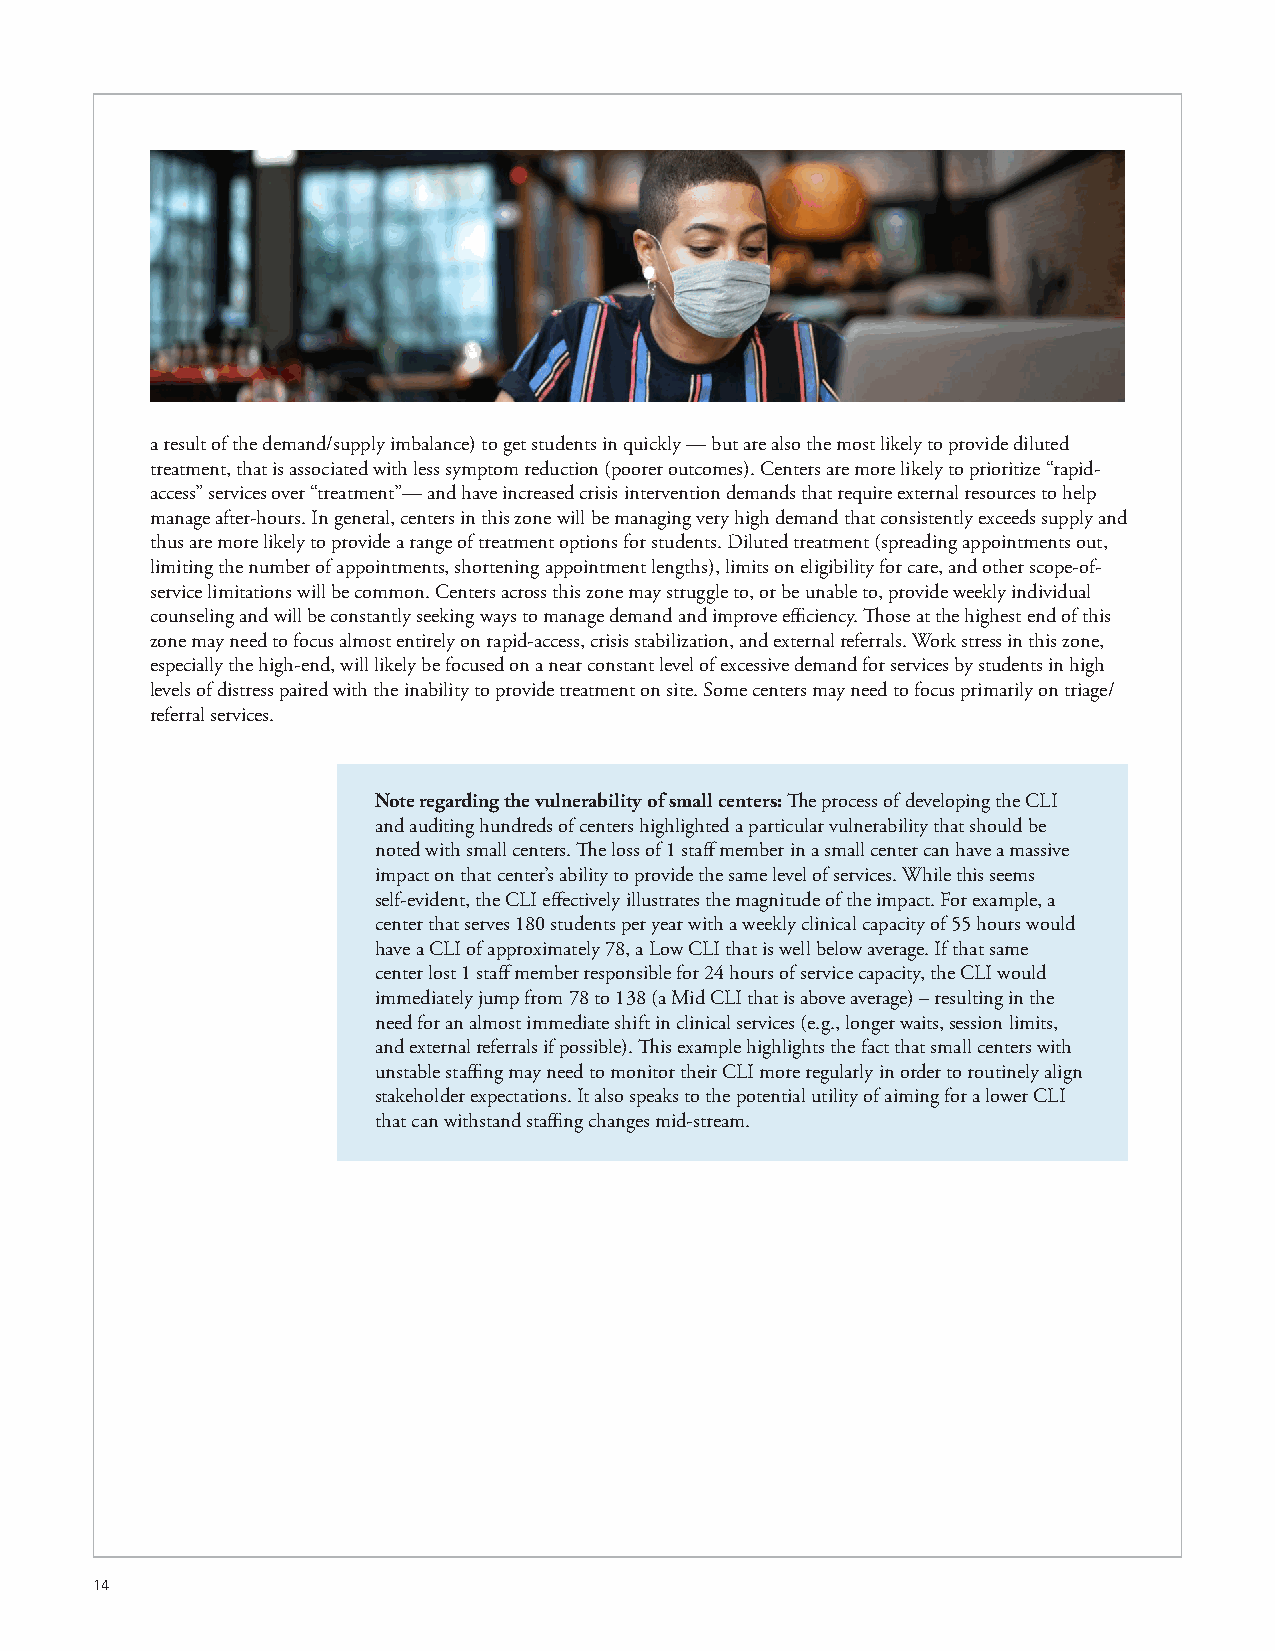
a result of the demand/supply imbalance) to get students in quickly — but are also the most likely to provide diluted
 treatment, that is associated with less symptom reduction (poorer outcomes). Centers are more likely to prioritize “rapid-
 access” services over “treatment”— and have increased crisis intervention demands that require external resources to help
 manage after-hours. In general, centers in this zone will be managing very high demand that consistently exceeds supply and
 thus are more likely to provide a range of treatment options for students. Diluted treatment (spreading appointments out,
 limiting the number of appointments, shortening appointment lengths), limits on eligibility for care, and other scope-of-
 service limitations will be common. Centers across this zone may struggle to, or be unable to, provide weekly individual
 counseling and will be constantly seeking ways to manage demand and improve efficiency. Those at the highest end of this
 zone may need to focus almost entirely on rapid-access, crisis stabilization, and external referrals. Work stress in this zone,
 especially the high-end, will likely be focused on a near constant level of excessive demand for services by students in high
 levels of distress paired with the inability to provide treatment on site. Some centers may need to focus primarily on triage/
 referral services.
 Note regarding the vulnerability of small centers: The process of developing the CLI
 and auditing hundreds of centers highlighted a particular vulnerability that should be
 noted with small centers. The loss of 1 staff member in a small center can have a massive
 impact on that center’s ability to provide the same level of services. While this seems
 self-evident, the CLI effectively illustrates the magnitude of the impact. For example, a
 center that serves 180 students per year with a weekly clinical capacity of 55 hours would
 have a CLI of approximately 78, a Low CLI that is well below average. If that same
 center lost 1 staff member responsible for 24 hours of service capacity, the CLI would
 immediately jump from 78 to 138 (a Mid CLI that is above average) – resulting in the
 need for an almost immediate shift in clinical services (e.g., longer waits, session limits,
 and external referrals if possible). This example highlights the fact that small centers with
 unstable staffing may need to monitor their CLI more regularly in order to routinely align
 stakeholder expectations. It also speaks to the potential utility of aiming for a lower CLI
 that can withstand staffing changes mid-stream.
 14